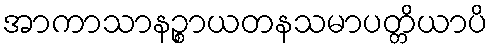
အာကာသာနဉ္စာယတနသမာပတ္တိယာပိ